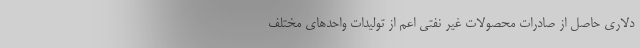
دلاری حاصل از صادرات محصولات غیر نفتی اعم از تولیدات واحدهای مختلف